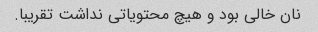
نان خالی بود و هیچ محتویاتی نداشت تقریبا.